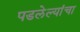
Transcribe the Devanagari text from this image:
पडलेल्यांचा